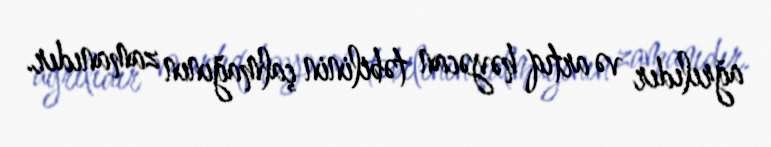
ağrılıdır və artıq həyəcan təbilinin çalmağının zamanıdır.